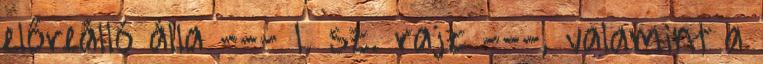
előreálló álla --- 1. sz. rajz ---, valamint a